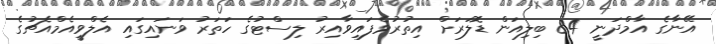
އޭނާގެ އާމްދަނީ 84 ބިލިއަން ޑޮލަރަށް އިތުރުވެފައިވާއިރު ލިސްޓުގެ ހަތަރު ވަނައިގައި އެލްވީއެމްއެޗުގެ